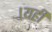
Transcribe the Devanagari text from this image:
।यही